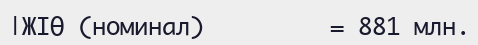
|ЖІӨ (номинал)         = 881 млн.